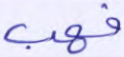
فهب